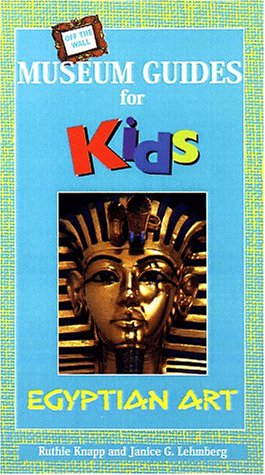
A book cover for Off the Wall Museum Guides for Kids: Egyptian Art; Ruthie Knapp; Children's Books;